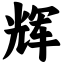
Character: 辉